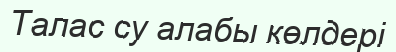
Талас су алабы көлдері